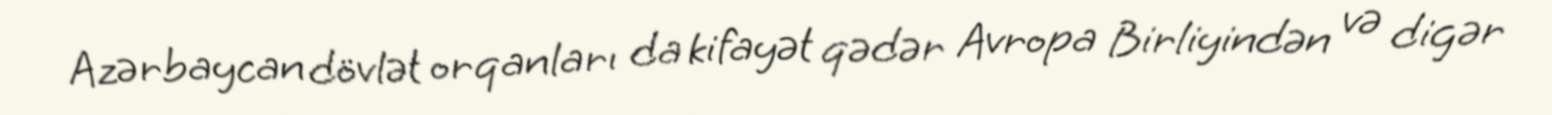
Azərbaycan dövlət orqanları da kifayət qədər Avropa Birliyindən və digər